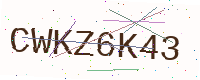
Text: CWKZ6K43